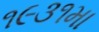
૧૯૩૧મા